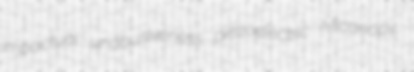
impactual unabusiveness piezoelectric Micanopy